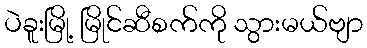
ပဲခူးမြို့ မြိုင်ဆီစက်ကို သွားမယ်ဗျာ